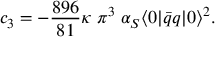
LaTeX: c _ { 3 } = - \frac { 8 9 6 } { 8 1 } \kappa \; \pi ^ { 3 } \; \alpha _ { S } \langle 0 | \bar { q } q | 0 \rangle ^ { 2 } .